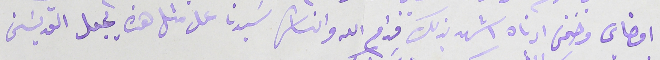
امضاي وختمى ادناه اشهد بذلك قدام الله والناس سَيدنا على مثل هذه يجعل القديسَن